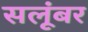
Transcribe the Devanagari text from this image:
सलूंबर